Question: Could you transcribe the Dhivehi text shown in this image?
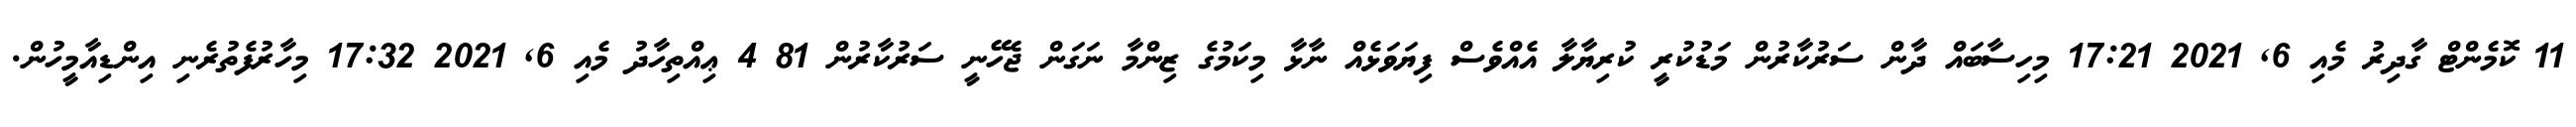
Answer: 11 ކޮމެންޓް ގާދިރު މެއި 6, 2021 17:21 މިހިސާބައް ދާން ސަރުކާރުން މަޑުކުރީ ކުރިޔާލާ އެއްވެސް ފިޔަވަޅެއް ނާޅާ މިކަމުގެ ޒިންމާ ނަގަން ޖެހޭނީ ސަރުކާރުން 81 4 ޢިއްތިހާދު މެއި 6, 2021 17:32 މިހާރުފެތުރެނި އިންޑިއާމީހުން.